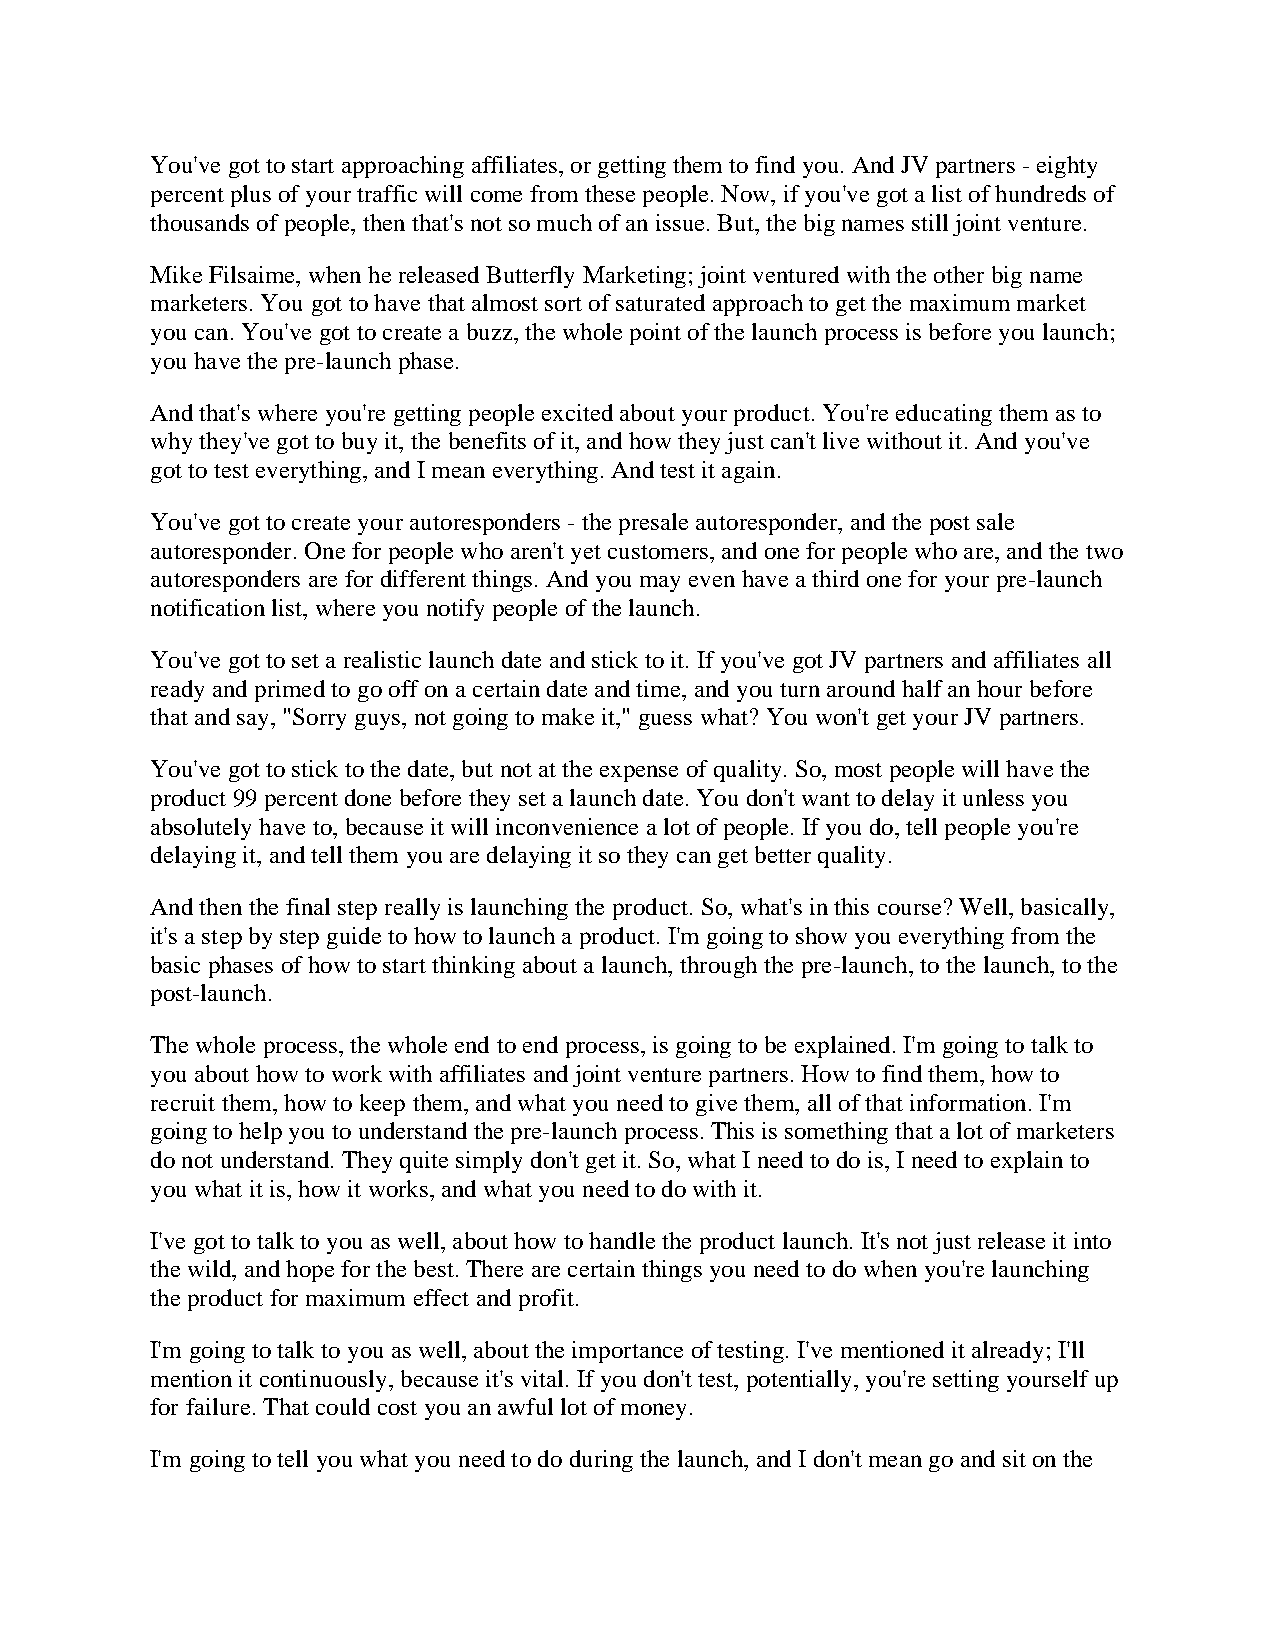
You've got to start approaching affiliates, or getting them to find you. And JV partners - eighty
 percent plus of your traffic will come from these people. Now, if you've got a list of hundreds of
 thousands of people, then that's not so much of an issue. But, the big names still joint venture.
 Mike Filsaime, when he released Butterfly Marketing; joint ventured with the other big name
 marketers. You got to have that almost sort of saturated approach to get the maximum market
 you can. You've got to create a buzz, the whole point of the launch process is before you launch;
 you have the pre-launch phase.
 And that's where you're getting people excited about your product. You're educating them as to
 why they've got to buy it, the benefits of it, and how they just can't live without it. And you've
 got to test everything, and I mean everything. And test it again.
 You've got to create your autoresponders - the presale autoresponder, and the post sale
 autoresponder. One for people who aren't yet customers, and one for people who are, and the two
 autoresponders are for different things. And you may even have a third one for your pre-launch
 notification list, where you notify people of the launch.
 You've got to set a realistic launch date and stick to it. If you've got JV partners and affiliates all
 ready and primed to go off on a certain date and time, and you turn around half an hour before
 that and say, "Sorry guys, not going to make it," guess what? You won't get your JV partners.
 You've got to stick to the date, but not at the expense of quality. So, most people will have the
 product 99 percent done before they set a launch date. You don't want to delay it unless you
 absolutely have to, because it will inconvenience a lot of people. If you do, tell people you're
 delaying it, and tell them you are delaying it so they can get better quality.
 And then the final step really is launching the product. So, what's in this course? Well, basically,
 it's a step by step guide to how to launch a product. I'm going to show you everything from the
 basic phases of how to start thinking about a launch, through the pre-launch, to the launch, to the
 post-launch.
 The whole process, the whole end to end process, is going to be explained. I'm going to talk to
 you about how to work with affiliates and joint venture partners. How to find them, how to
 recruit them, how to keep them, and what you need to give them, all of that information. I'm
 going to help you to understand the pre-launch process. This is something that a lot of marketers
 do not understand. They quite simply don't get it. So, what I need to do is, I need to explain to
 you what it is, how it works, and what you need to do with it.
 I've got to talk to you as well, about how to handle the product launch. It's not just release it into
 the wild, and hope for the best. There are certain things you need to do when you're launching
 the product for maximum effect and profit.
 I'm going to talk to you as well, about the importance of testing. I've mentioned it already; I'll
 mention it continuously, because it's vital. If you don't test, potentially, you're setting yourself up
 for failure. That could cost you an awful lot of money.
 I'm going to tell you what you need to do during the launch, and I don't mean go and sit on the